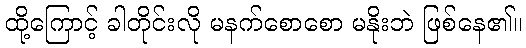
ထို့ကြောင့် ခါတိုင်းလို မနက်စောစော မနိုးဘဲ ဖြစ်နေ၏။